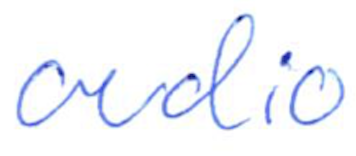
Text: audio
Cross-out: clean
Writing tool: ballpoint